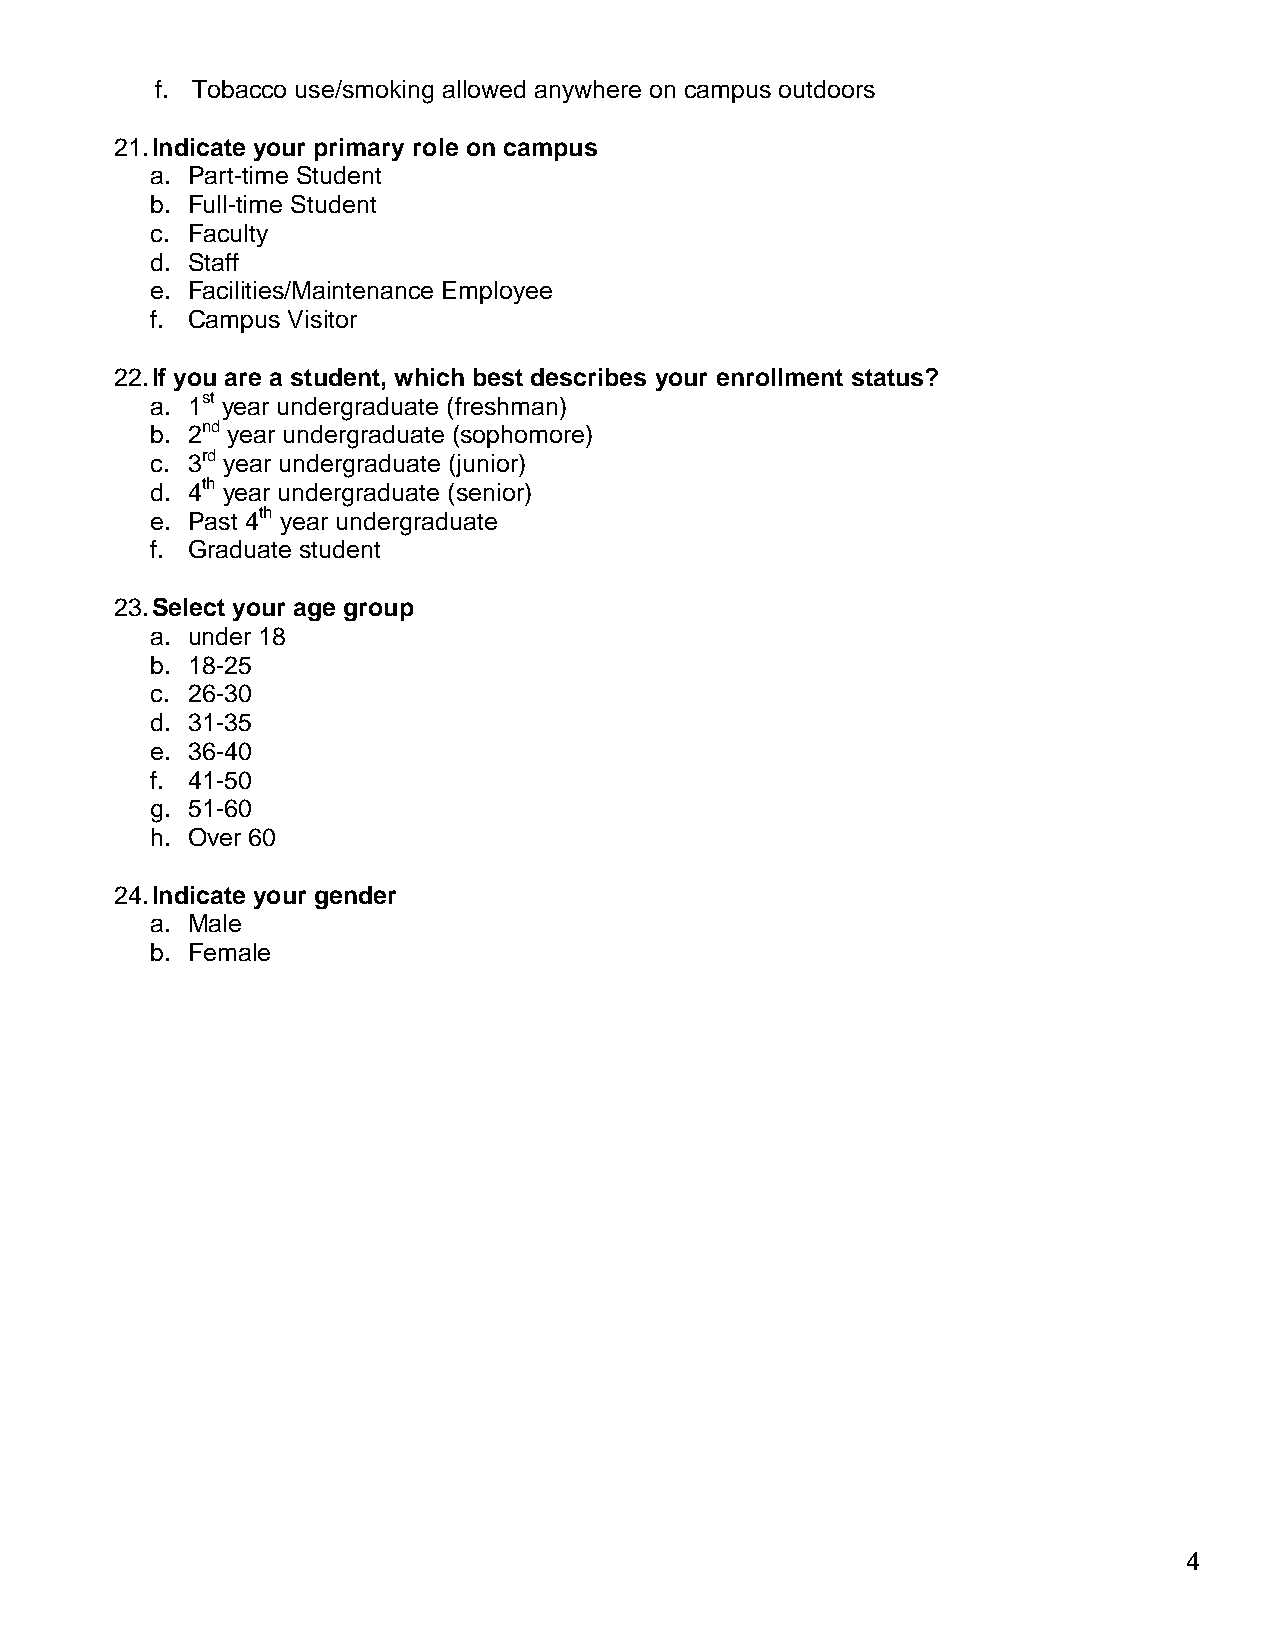
f. Tobacco use/smoking allowed anywhere on campus outdoors
 21. Indicate your primary role on campus
 a. Part-time Student
 b. Full-time Student
 c. Faculty
 d. Staff
 e. Facilities/Maintenance Employee
 f. Campus Visitor
 22. If you are a student, which best describes your enrollment status?
 a. 1st year undergraduate (freshman)
 b. 2nd year undergraduate (sophomore)
 c. 3rd year undergraduate (junior)
 d. 4th year undergraduate (senior)
 e. Past 4th year undergraduate
 f. Graduate student
 23. Select your age group
 a. under 18
 b. 18-25
 c. 26-30
 d. 31-35
 e. 36-40
 f. 41-50
 g. 51-60
 h. Over 60
 24. Indicate your gender
 a. Male
 b. Female
 4